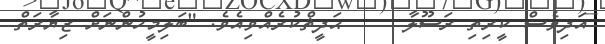
އަދިވެސް ކީރިތި ރަސޫލާ     ޙަދީޘްކުރެއްވިއެވެ. "ބަލިމީހުންނަށް ޒިޔާރަތް